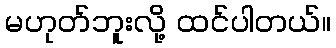
မဟုတ်ဘူးလို့ ထင်ပါတယ်။